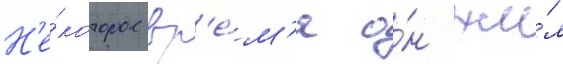
Н'е́которое вр'е́м'я о́н жи́л